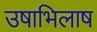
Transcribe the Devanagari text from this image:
उषाभिलाष